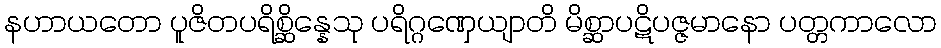
နဟာယတော ပူဇိတပရိစ္ဆိန္နေသု ပရိဂ္ဂဏှေယျာတိ မိစ္ဆာပဋိပဇ္ဇမာနော ပတ္တကာလော